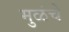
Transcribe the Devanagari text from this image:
मुळंचे